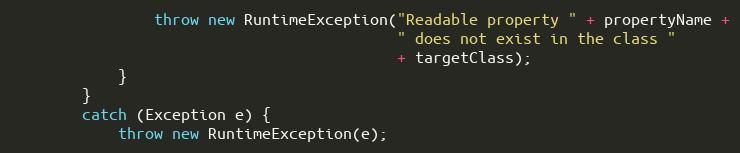
Language: Java
                throw new RuntimeException("Readable property " + propertyName +
                                           " does not exist in the class "
                                           + targetClass);
            }
        }
        catch (Exception e) {
            throw new RuntimeException(e);